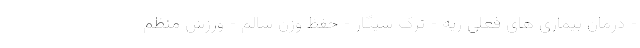
- درمان بیماری های فعلی ریه - ترک سیگار - حفظ وزن سالم - ورزش منظم